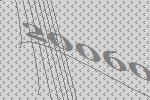
20060